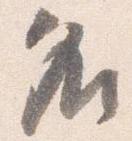
名